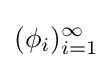
(\phi _{i})_{i=1}^{\infty }